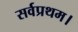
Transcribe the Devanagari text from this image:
सर्वप्रथम।